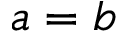
{ a = b }